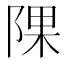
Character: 𨺁